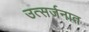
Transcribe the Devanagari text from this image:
उत्सर्जनात